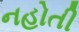
નહોતી